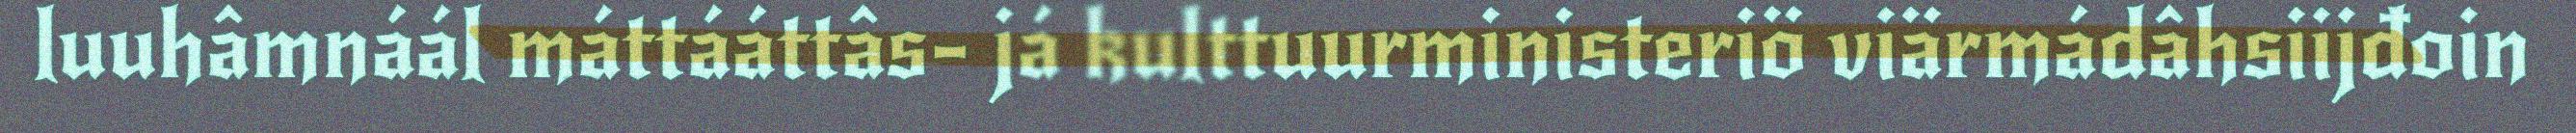
luuhâmnáál máttááttâs- já kulttuurministeriö viärmádâhsiijđoin